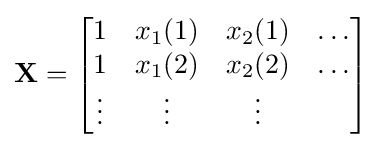
\mathbf {X} ={\begin{bmatrix}1&x_{1}(1)&x_{2}(1)&\ldots \\1&x_{1}(2)&x_{2}(2)&\ldots \\\vdots &\vdots &\vdots \end{bmatrix}}